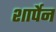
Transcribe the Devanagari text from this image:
शार्पेन